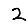
Digit: 2